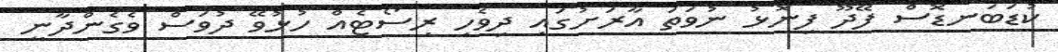
ކުޑަބަނޑޮސް ފޭދޫ ފިނޮޅު ނުވަތަ އާރަށުގައި ދިވެހި ރިސޯޓެއް ހުޅުވޭ ދުވަސް ވެގެންދާނީ